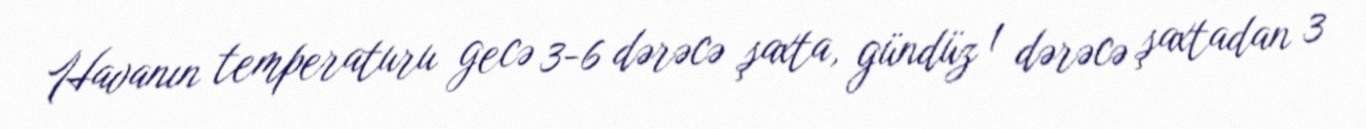
Havanın temperaturu gecə 3-6 dərəcə şaxta, gündüz 1 dərəcə şaxtadan 3